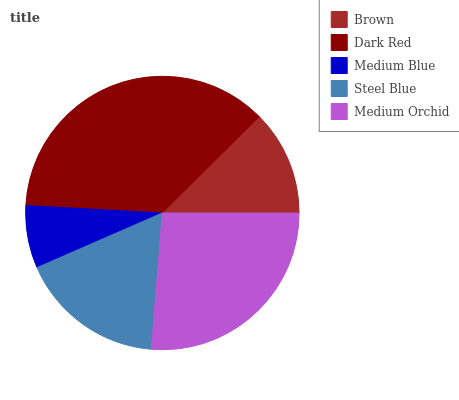
| Brown | Dark Red | Medium Blue | Steel Blue | Medium Orchid |
 | --- | --- | --- | --- | --- |
 | 12.5% | 36.6% | 7.42% | 17.2% | 26.3% |